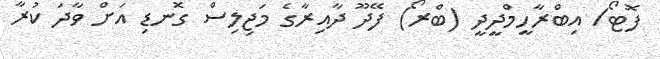
ފޮޓޯ/ އިބްރާހީމްދީދީ (ބްރޯ) ފޭދޫ ދާއިރާގެ މަޖިލިސް ގޮނޑި އަށް ވާދަ ކުރާ